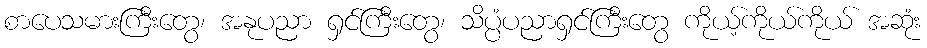
စာပေသမားကြီးတွေ၊ အနုပညာ ရှင်ကြီးတွေ၊ သိပ္ပံပညာရှင်ကြီးတွေ ကိုယ့်ကိုယ်ကိုယ် အဆုံး